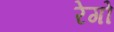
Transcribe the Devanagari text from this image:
रेगो